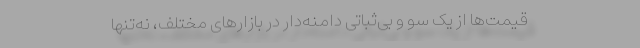
قیمت‌ها از یک سو و بی‌ثباتیِ دامنه‌دار در بازارهای مختلف، نه‌تنها